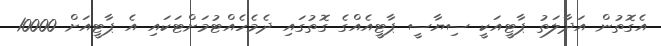
އެގޮތުން އަދާލަތު ޕާޓީއަކީ ސިޔާސީ ޕާޓީއެއްގެ ގޮތުގައި ދެމެހެއްޓުމަށްޓަކައި އެ ޕާޓީއަށް 10000